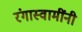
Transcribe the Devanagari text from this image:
रंगास्वामींनी